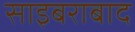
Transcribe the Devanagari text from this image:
साइबराबाद